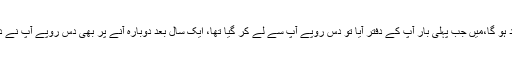
”آپ کو یاد ہو گا،میں جب پہلی بار آپ کے دفتر آیا تو دس روپے آپ سے لے کر گیا تھا، ایک سال بعد دوبارہ آنے پر بھی دس روپے آپ نے دیے تھے۔